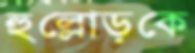
হুল্লোড়কে